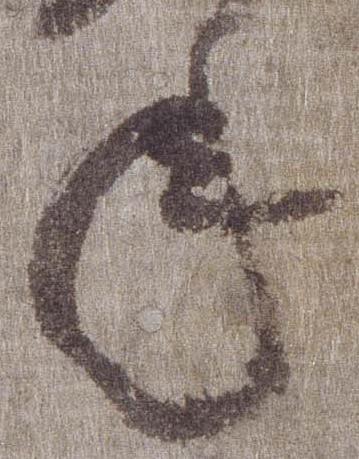
年